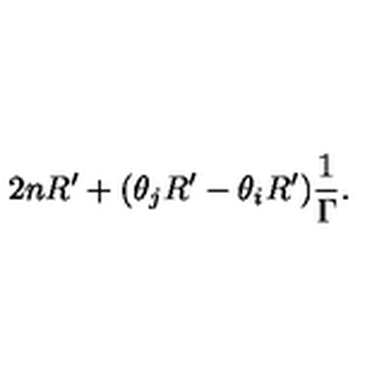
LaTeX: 2 n R ^ { \prime } + ( \theta _ { j } R ^ { \prime } - \theta _ { i } R ^ { \prime } ) \frac { 1 } { \Gamma } .